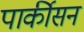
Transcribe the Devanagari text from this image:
पार्कीसन